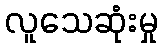
လူသေဆုံးမှု